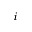
_ i